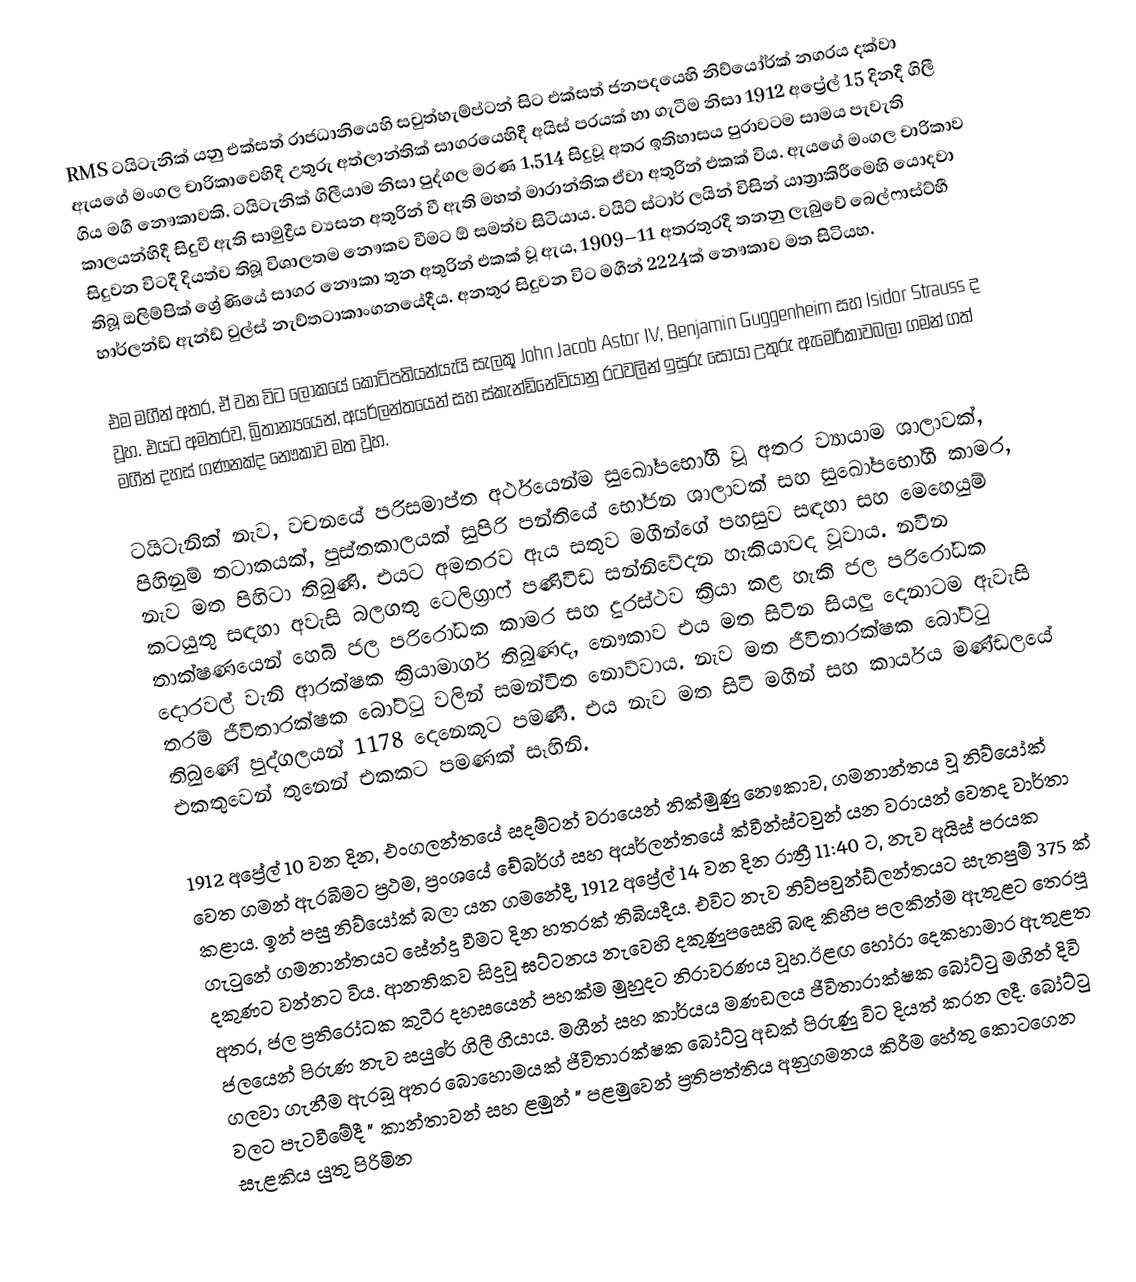
RMS ටයිටැනික් යනු එක්සත් රාජධානියෙහි සවුත්හැම්ප්ටන් සිට එක්සත් ජනපදයෙහි නිව්යෝර්ක් නගරය දක්වා ඇයගේ මංගල චාරිකාවෙහිදී උතුරු අත්ලාන්තික් සාගරයෙහිදී අයිස් පරයක් හා ගැටීම නිසා 1912 අප්‍රේල් 15 දිනදී ගිලී ගිය මගී නෞකාවකි. ටයිටැනික් ගිලීයාම නිසා පුද්ගල මරණ 1,514 සිදුවූ අතර ඉතිහාසය පුරාවටම සාමය පැවැති කාලයන්හිදී සිදුවී ඇති සාමුද්‍රීය ව්‍යසන අතුරින් වී ඇති මහත් මාරාන්තික ඒවා අතුරින් එකක් විය. ඇයගේ මංගල චාරිකාව සිදුවන විටදී දියත්ව තිබූ විශාලතම නෞකව වීමට ඕ සමත්ව සිටියාය. වයිට් ස්ටාර් ලයින් විසින් යාත්‍රාකිරීමෙහි යොදවා තිබූ ඔලිම්පික් ශ්‍රේණියේ සාගර නෞකා තුන අතුරින් එකක් වූ ඇය, 1909–11 අතරතුරදී තනනු ලැබුවේ බෙල්ෆාස්ට්හී හාර්ලන්ඩ් ඇන්ඩ් වුල්ස් නැව්තටාකාංගනයේදීය. අනතුර සිදුවන විට මගීන් 2224ක් නෞකාව මත සිටියහ.

එම මගීන් අතර, ඒ වන විට ලෝකයේ කෝටිපතියන්යැයි සැලකූ John Jacob Astor IV, Benjamin Guggenheim සහ Isidor Strauss ද වූහ. එයට අමතරව, බ්‍රිතාන්‍යයෙන්, අයර්ලන්තයෙන් සහ ස්කැන්ඩිනේවියානු රටවලින් ඉසුරු සොයා උතුරු ඇමෙරිකාවබලා ගමන් ගත් මගීන් දහස් ගණනක්ද නෞකාව මත වූහ.

ටයිටැනික් නැව, වචනයේ පරිසමාප්ත අර්ථයෙන්ම සුඛෝපභෝගී වූ අතර ව්‍යායාම ශාලාවක්, පිහිනුම් තටාකයක්, පුස්තකාලයක් සුපිරි පන්තියේ භෝජන ශාලාවක් සහ සුඛෝපභෝගී කාමර, නැව මත පිහිටා තිබුණි. එයට අමතරව ඇය සතුව මගීන්ගේ පහසුව සඳහා සහ මෙහෙයුම් කටයුතු සඳහා අවැසි බලගතු ටෙලිග්‍රාෆ් පණිවිඩ සන්නිවේදන හැකියාවද වූවාය. නවීන තාක්ෂණයෙන් හෙබි ජල පරිරෝධක කාමර සහ දුරස්ථව ක්‍රියා කළ හැකි ජල පරිරෝධක දොරවල් වැනි ආරක්ෂක ක්‍රියාමාර්ග තිබුණද, නෞකාව එය මත සිටින සියලු දෙනාටම ඇවැසි තරම් ජීවිතාරක්ෂක බෝට්ටු වලින් සමන්විත නොව්වාය. නැව මත ජීවිතාරක්ෂක බෝට්ටු තිබුණේ පුද්ගලයන් 1178 දෙනෙකුට පමණී. එය නැව මත සිටි මගීන් සහ කාර්යය මණ්ඩලයේ එකතුවෙන් තුනෙන් එකකට පමණක් සෑහිනි.

1912 අප්‍රේල් 10 වන දින, එංගලන්තයේ සදම්ටන් වරායෙන් නික්මුණු නෞකාව, ගමනාන්තය වූ නිව්යෝක් වෙත ගමන් ඇරබීමට ප්‍රථම, ප්‍රංශයේ චේබර්ග් සහ අයර්ලන්තයේ ක්වීන්ස්ටවුන් යන වරායන් වෙතද වාර්තා කළාය. ඉන් පසු නිව්යෝක් බලා යන ගමනේදී, 1912 අප්‍රේල් 14 වන දින රාත්‍රී 11:40 ට, නැව අයිස් පරයක ගැටුනේ ගමනාන්තයට සේන්දු වීමට දින හතරක් තිබියදීය. එවිට නැව නිව්පවුන්ඩ්ලන්තයට සැතපුම් 375 ක් දකුණට වන්නට විය. ආනතිකව සිදුවූ ඝට්ටනය නැවෙහි දකුණුපසෙහි බඳ කිහිප පලකින්ම ඇතුළට තෙරපූ අතර, ජල ප්‍රතිරෝධක කුටීර දහසයෙන් පහක්ම මුහුදට නිරාවරණය වූහ.ඊළඟ හෝරා දෙකහාමාර ඇතුළත ජලයෙන් පිරුණ නැව සයුරේ ගිලී ගියාය. මගීන් සහ කාර්යය මණඩලය ජීවිතාරාක්ෂක බෝට්ටු මගින් දිවි ගලවා ගැනීම ඇරබූ අතර බොහොමයක් ජීවිතාරක්ෂක බෝට්ටු අඩක් පිරුණු විට දියත් කරන ලදී. බෝට්ටු වලට පැටවීමේදී " කාන්තාවන් සහ ළමුන් " පළමුවෙන් ප්‍රතිපත්තිය අනුගමනය කිරීම හේතු කොටගෙන සැළකිය යුතු පිරිමින